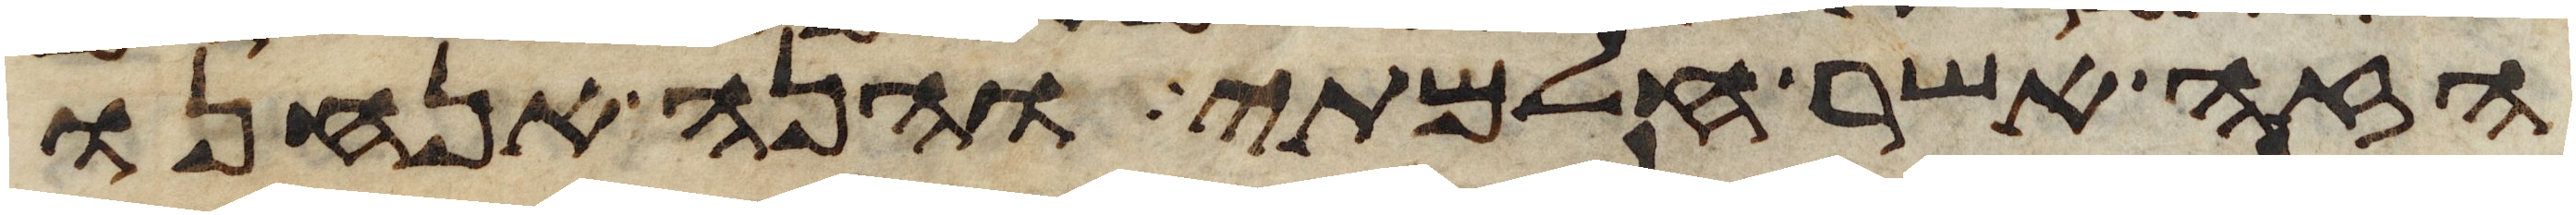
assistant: הזה אשר חלמתי והנה אנחנו